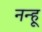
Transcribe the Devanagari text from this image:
नन्हू